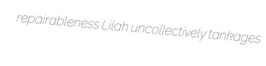
repairableness Lilah uncollectively tankages